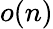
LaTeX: o(n)